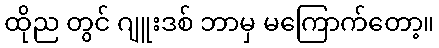
ထိုည တွင် ဂျူးဒစ် ဘာမှ မကြောက်တော့။